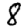
Digit: 8